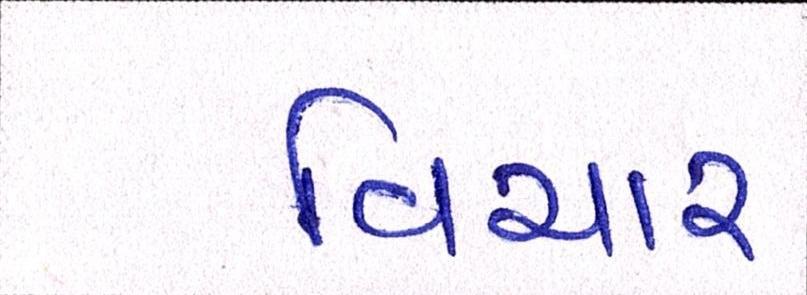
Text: વિચાર